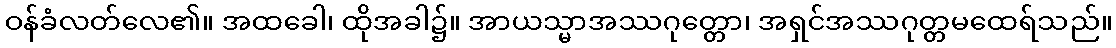
ဝန်ခံလတ်လေ၏။ အထခေါ၊ ထိုအခါ၌။ အာယသ္မာအဿဂုတ္တော၊ အရှင်အဿဂုတ္တမထေရ်သည်။